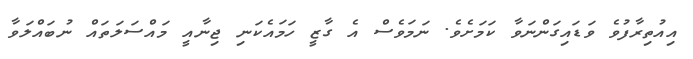
އިއުތިރާފުވެ ވަޑައިގަންނަވާ ކަމަށެވެ. ނަމަވެސް އެ ގާޒީ ހަމައެކަނި ޖިނާއީ މައްސަލަތައް ނުބައްލަވާ